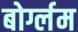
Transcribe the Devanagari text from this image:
बोर्ग्लम